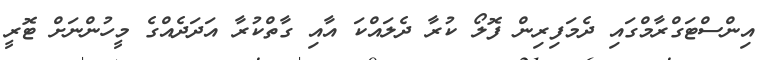
އިންސްޓަގްރާމްގައި ދެމަފިރިން ފޮލޯ ކުރާ ދެލައްކަ އާއި ގާތްކުރާ އަދަދެއްގެ މީހުންނަށް ޓޮރީ